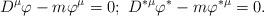
LaTeX: \begin{align*}D^{\mu }\varphi -m\varphi ^{\mu }=0;\ D^{\ast \mu }\varphi ^{\ast }-m\varphi^{\ast \mu }=0. \end{align*}